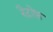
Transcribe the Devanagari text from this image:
रैटोफ़